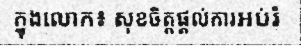
ក្នុងលោក៖ សុខចិត្តផ្តល់ការអប់រំ